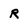
Character: R